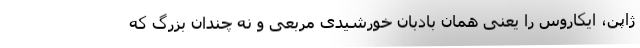
ژاپن، ایکاروس را یعنی همان بادبان خورشیدی مربعی و نه چندان بزرگ که